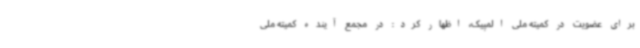
برای عضویت در کمیته ملی المپیک، اظهار کرد: در مجمع آینده کمیته ملی